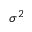
\sigma ^ { 2 }